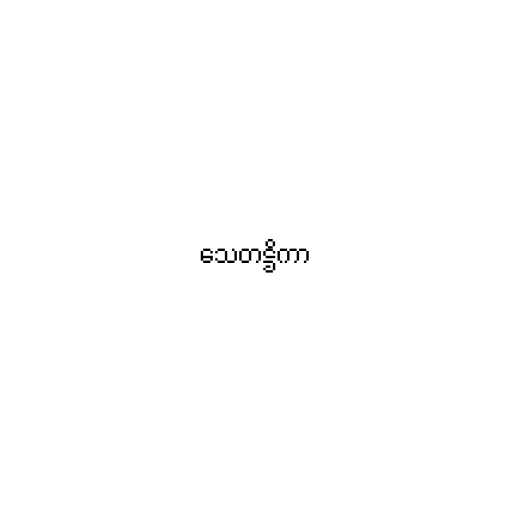
သေတဋ္ဌိကာ